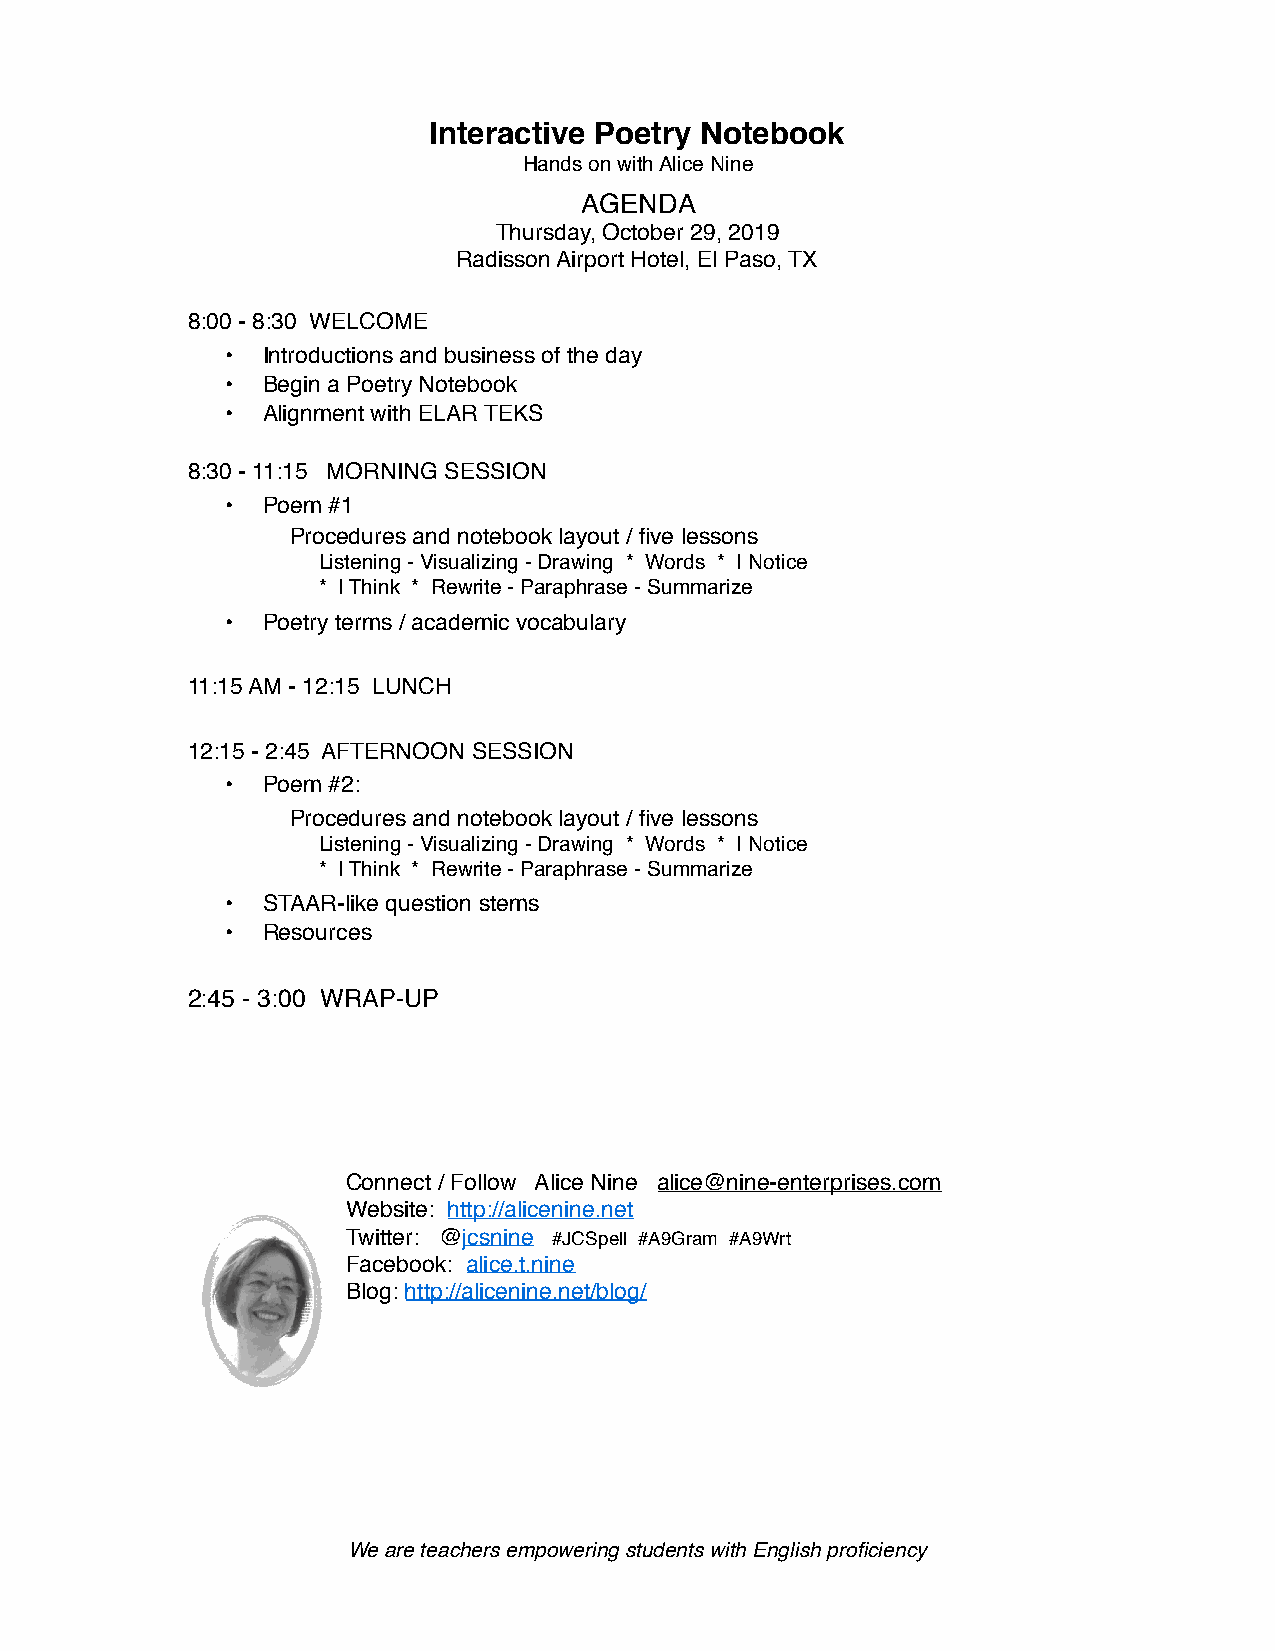
Interactive Poetry Notebook
 Hands on with Alice Nine
 AGENDA
 Thursday, October 29, 2019
 Radisson Airport Hotel, El Paso, TX
 8:00 - 8:30 WELCOME
 • Introductions and business of the day
 • Begin a Poetry Notebook
 • Alignment with ELAR TEKS
 8:30 - 11:15 MORNING SESSION
 • Poem #1
 Procedures and notebook layout / five lessons
 Listening - Visualizing - Drawing * Words * I Notice
 * I Think * Rewrite - Paraphrase - Summarize
 • Poetry terms / academic vocabulary
 11:15 AM - 12:15 LUNCH
 12:15 - 2:45 AFTERNOON SESSION
 • Poem #2:
 Procedures and notebook layout / five lessons
 Listening - Visualizing - Drawing * Words * I Notice
 * I Think * Rewrite - Paraphrase - Summarize
 • STAAR-like question stems
 • Resources
 2:45 - 3:00 WRAP-UP
 Connect / Follow Alice Nine alice@nine-enterprises.com
 Website: http://alicenine.net
 Twitter: @jcsnine #JCSpell #A9Gram #A9Wrt
 Facebook: alice.t.nine
 Blog: http://alicenine.net/blog/
 We are teachers empowering students with English proficiency